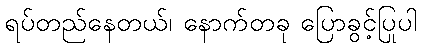
ရပ်တည်နေတယ်၊ နောက်တခု ပြောခွင့်ပြုပါ